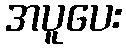
အပူပေး